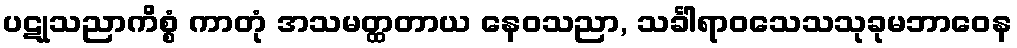
ပဋုသညာကိစ္စံ ကာတုံ အသမတ္ထတာယ နေဝသညာ, သင်္ခါရာဝသေသသုခုမဘာဝေန